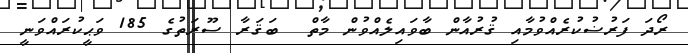
ރޯދަ ފަރުޟުކުރެއްވުމާއި ޤުރުއާން ބާވައިލެއްވުން މާތް  ބަޤަރާ ސޫރަތުގެ 185 ވަޙީކުރައްވަނީ